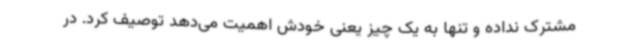
مشترک نداده و تنها به یک چیز یعنی خودش اهمیت می‌دهد توصیف کرد. در